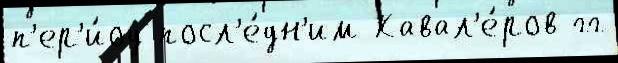
п'ер'и́од посл'е́дн'им Кавал'е́ров гг